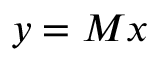
y = M x